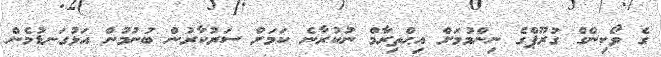
ގެ ވޯކިންގް ގުރޫޕްގެ ނިންމުމަށް އިޙްތިރާމް ނުކުރާނެ ކަމަށް ސަރުކާރުން ބުނުމުން އަޅުގަނޑުމެން